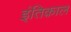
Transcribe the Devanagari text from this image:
इंतिक़ाल